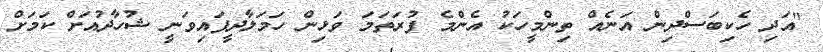
"އަދި ހެކިބަސްދިން އަނެއް ތިންމީހަކު އެންމެ ފުރަތަމަ ވަޅިން ހަމަލާދީފައިވަނީ ޝުހާދުއަށް ކަމަށް